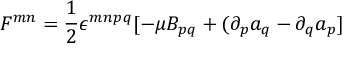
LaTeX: F ^ { m n } = \frac { 1 } { 2 } \epsilon ^ { m n p q } [ - \mu B _ { p q } + ( \partial _ { p } a _ { q } - \partial _ { q } a _ { p } ]